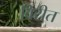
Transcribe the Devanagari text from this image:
विरीत